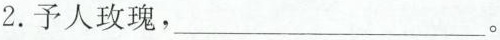
2.予人玫瑰，___。